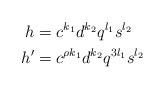
LaTeX: \begin{align*}h&= c^{k_1} d^{k_2} q^{l_1} s^{l_2} \\h'&= c^{\rho k_1} d^{k_2} q^{3 l_1} s^{l_2}\end{align*}